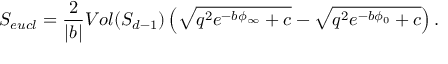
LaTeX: S _ { e u c l } = { \frac { 2 } { | b | } } V o l ( S _ { d - 1 } ) \left( \sqrt { q ^ { 2 } e ^ { - b \phi _ { \infty } } + c } - \sqrt { q ^ { 2 } e ^ { - b \phi _ { 0 } } + c } \right) .